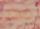
بعض